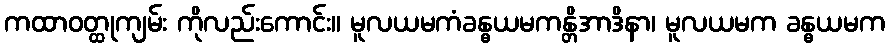
ကထာဝတ္ထုကျမ်း ကိုလည်းကောင်း။ မူလယမကံခန္ဓယမကန္တိအာဒိနာ၊ မူလယမက ခန္ဓယမက